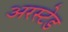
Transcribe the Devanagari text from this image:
अरस्टेड